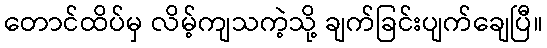
တောင်ထိပ်မှ လိမ့်ကျသကဲ့သို့ ချက်ခြင်းပျက်ချေပြီ။